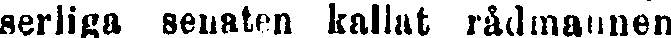
serliga senaten kallat rådmannen